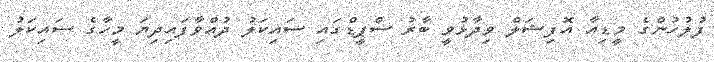
ފުލުހުންގެ މީޑިއާ އޮފިޝަލް ވިދާޅުވީ ބާރު ސްޕީޑްގައި ސައިކަލު ދުއްވާފައިދިޔަ މީހާގެ ސައިކަލު